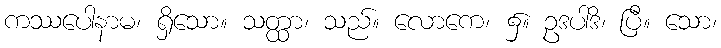
ကဿပေါနာမ၊ ရှိသော။ သတ္ထာ၊ သည်။ လောကေ၊ ၌။ ဥဒပါဒိ၊ ပြီ။ သော၊